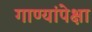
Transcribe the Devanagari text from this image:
गाण्यांपेक्षा